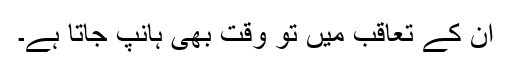
ان کے تعاقب میں تو وقت بھی ہانپ جاتا ہے۔